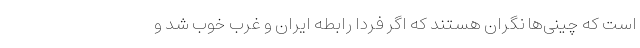
است که چینی‌ها نگران هستند که اگر فردا رابطه ایران و غرب خوب شد و